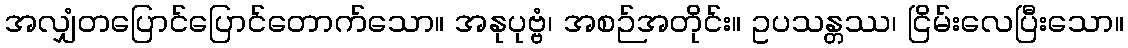
အလျှံတပြောင်ပြောင်တောက်သော။ အနုပုဗ္ဗံ၊ အစဉ်အတိုင်း။ ဥပသန္တဿ၊ ငြိမ်းလေပြီးသော။